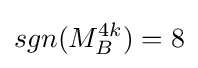
sgn(M_{B}^{4k})=8